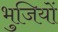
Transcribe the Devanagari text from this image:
भुजियों